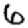
Digit: 6